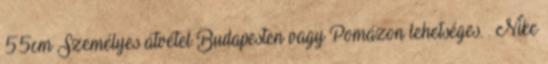
55cm Személyes átvétel Budapesten vagy Pomázon lehetséges. . Nike